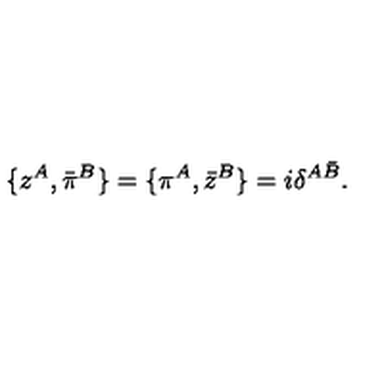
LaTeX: \{ z ^ { A } , \bar { \pi } ^ { B } \} = \{ \pi ^ { A } , \bar { z } ^ { B } \} = i \delta ^ { A \bar { B } } .